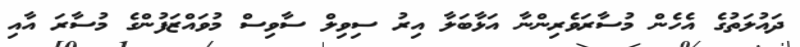
ދައުލަތުގެ އެހެން މުސާރަވެރިންނާ އަޅާބަލާ އިރު ސިވިލް ސާވިސް މުވައްޒަފުންގެ މުސާރަ އާއި